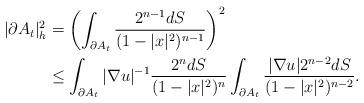
LaTeX: \begin{align*}|\partial A_t|_h^2 &= \left(\int_{\partial A_t} \frac{2^{n-1}dS}{(1-|x|^2)^{n-1}}\right)^{2}\\&\le \int_{\partial A_t} |\nabla u|^{-1} \frac{2^{n}dS}{ (1-|x|^2)^n}\int_{\partial A_t} \frac{|\nabla u| 2^{n-2}dS}{(1-|x|^2)^{n-2}}.\end{align*}